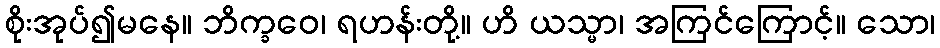
စိုးအုပ်၍မနေ။ ဘိက္ခဝေ၊ ရဟန်းတို့။ ဟိ ယသ္မာ၊ အကြင်ကြောင့်။ သော၊